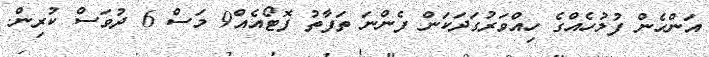
އަންހެން ފުލުހެއްގެ ހިއްވަރުގަދަކަން ފެންނަ ތަފާތު ފޮޓޯއެއް9 މަސް 6 ދުވަސް ކުރިން.